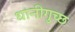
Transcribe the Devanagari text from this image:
धानीगुच्छ